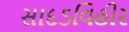
સાદડવિહીર